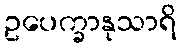
ဥပေက္ခာနုသာရိ